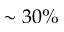
\sim 3 0 \%